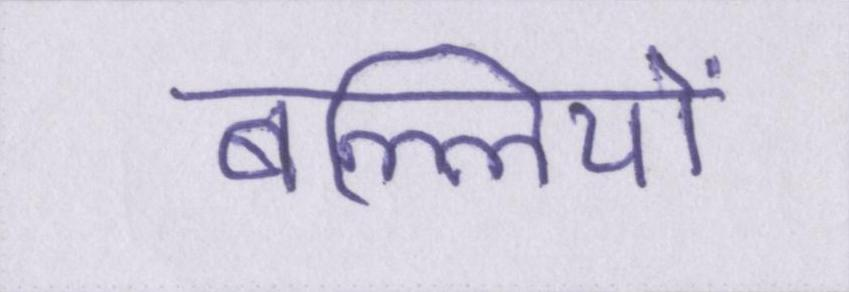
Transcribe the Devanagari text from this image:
बल्लियों